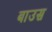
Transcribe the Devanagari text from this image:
बाउस